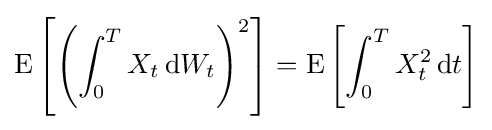
\operatorname {E} \left[\left(\int _{0}^{T}X_{t}\,\mathrm {d} W_{t}\right)^{2}\right]=\operatorname {E} \left[\int _{0}^{T}X_{t}^{2}\,\mathrm {d} t\right]